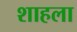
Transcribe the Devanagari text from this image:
शाहला